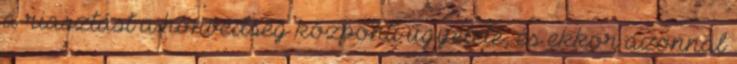
a riasztást a honvédség központi ügyelete, és ekkor azonnal